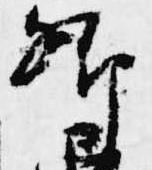
卿